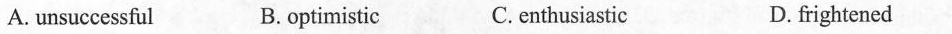
A. unsuccessful B.optimistic C.enthusiastic D. frightened